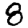
Digit: 8